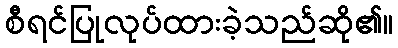
စီရင်ပြုလုပ်ထားခဲ့သည်ဆို၏။